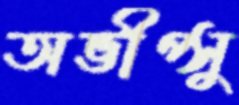
অভীপ্সু